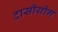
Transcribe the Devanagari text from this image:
दासीयोग